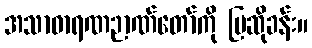
အသာဓာရဏဉာဏ်တော်ကို ပြဆိုခန်း။